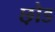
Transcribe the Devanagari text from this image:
छ़ोड